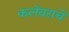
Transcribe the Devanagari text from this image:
कलेवराचे